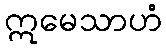
ဣမေသာဟံ